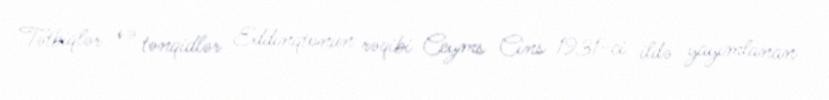
Tətbiqlər və tənqidlər Eddinqtonun rəqibi Ceyms Cins 1931-ci ildə yayımlanan